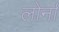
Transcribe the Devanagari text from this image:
लोर्ना